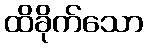
ထိခိုက်သော